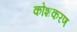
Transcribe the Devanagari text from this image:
कोशकरण